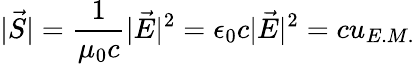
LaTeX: |\vec{S}|=\frac{1}{\mu_{0}c}|\vec{E}|^{2}=\epsilon_{0}c|\vec{E}|^{2}=cu_{E.M.}